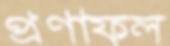
প্রণাফল